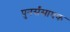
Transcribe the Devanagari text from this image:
पुनर्संसाधक